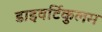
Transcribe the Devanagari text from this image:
डाइवर्टिकुलम